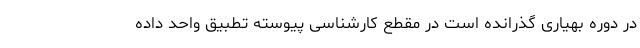
در دوره بهیاری گذرانده است در مقطع کارشناسی پیوسته تطبیق واحد داده